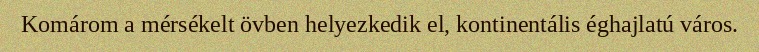
Komárom a mérsékelt övben helyezkedik el, kontinentális éghajlatú város.